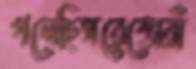
গলেছিসরেস্তোরাঁ